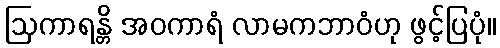
ဩကာရန္တိ အဝကာရံ လာမကဘာဝံဟု ဖွင့်ပြပုံ။